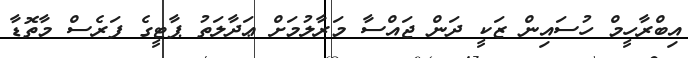
އިބްރާހީމް ހުސައިން ޒަކީ ދަން ޖައްސާ މަރާލުމަށް ޢަދާލަތު ޕާޓީގެ ފަރެސް މާތޮޑާ